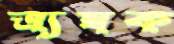
ত্র্যম্বক